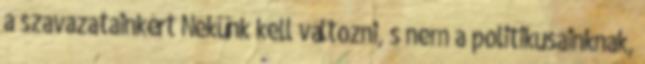
a szavazatainkért Nekünk kell változni, s nem a politikusainknak,